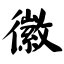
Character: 徽